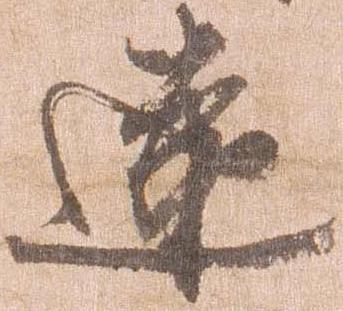
遠